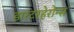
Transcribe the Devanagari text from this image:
डारटरहेरोन्स